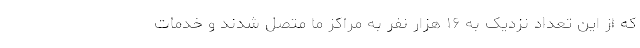
که از این تعداد نزدیک به ۱۶ هزار نفر به مراکز ما متصل شدند و خدمات